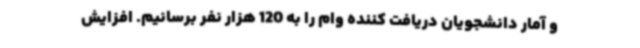
و آمار دانشجویان دریافت کننده وام را به 120 هزار نفر برسانیم. افزایش